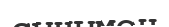
сынымен